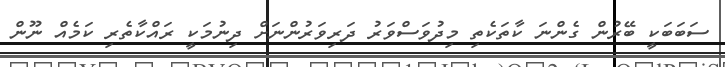
ސަބަބަކީ ބޭރުން ގެންނަ ކާތަކެތި މިދުވަސްވަރު ދަރިވަރުންނަށް ދިނުމަކީ ރައްކާތެރި ކަމެއް ނޫން